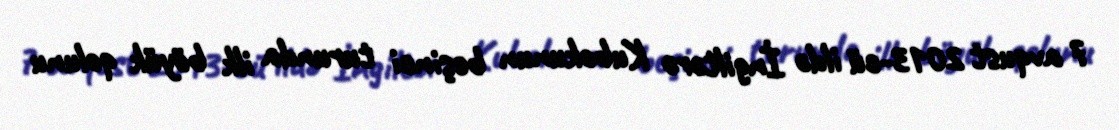
7 avqust 2013-cü ildə İngiltərə Kubokunun beşinci turunda ilk böyük qolunu